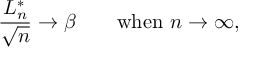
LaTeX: { \frac { L _ { n } ^ { * } } { \sqrt { n } } } \rightarrow \beta \qquad { \mathrm { w h e n ~ } } n \to \infty ,